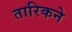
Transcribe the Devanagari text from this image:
तारिकने